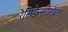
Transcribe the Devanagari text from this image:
रेसिडेन्सीसोबत